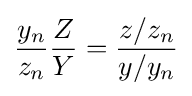
{\frac {y_{n}}{z_{n}}}{\frac {Z}{Y}}={\frac {z/z_{n}}{y/y_{n}}}